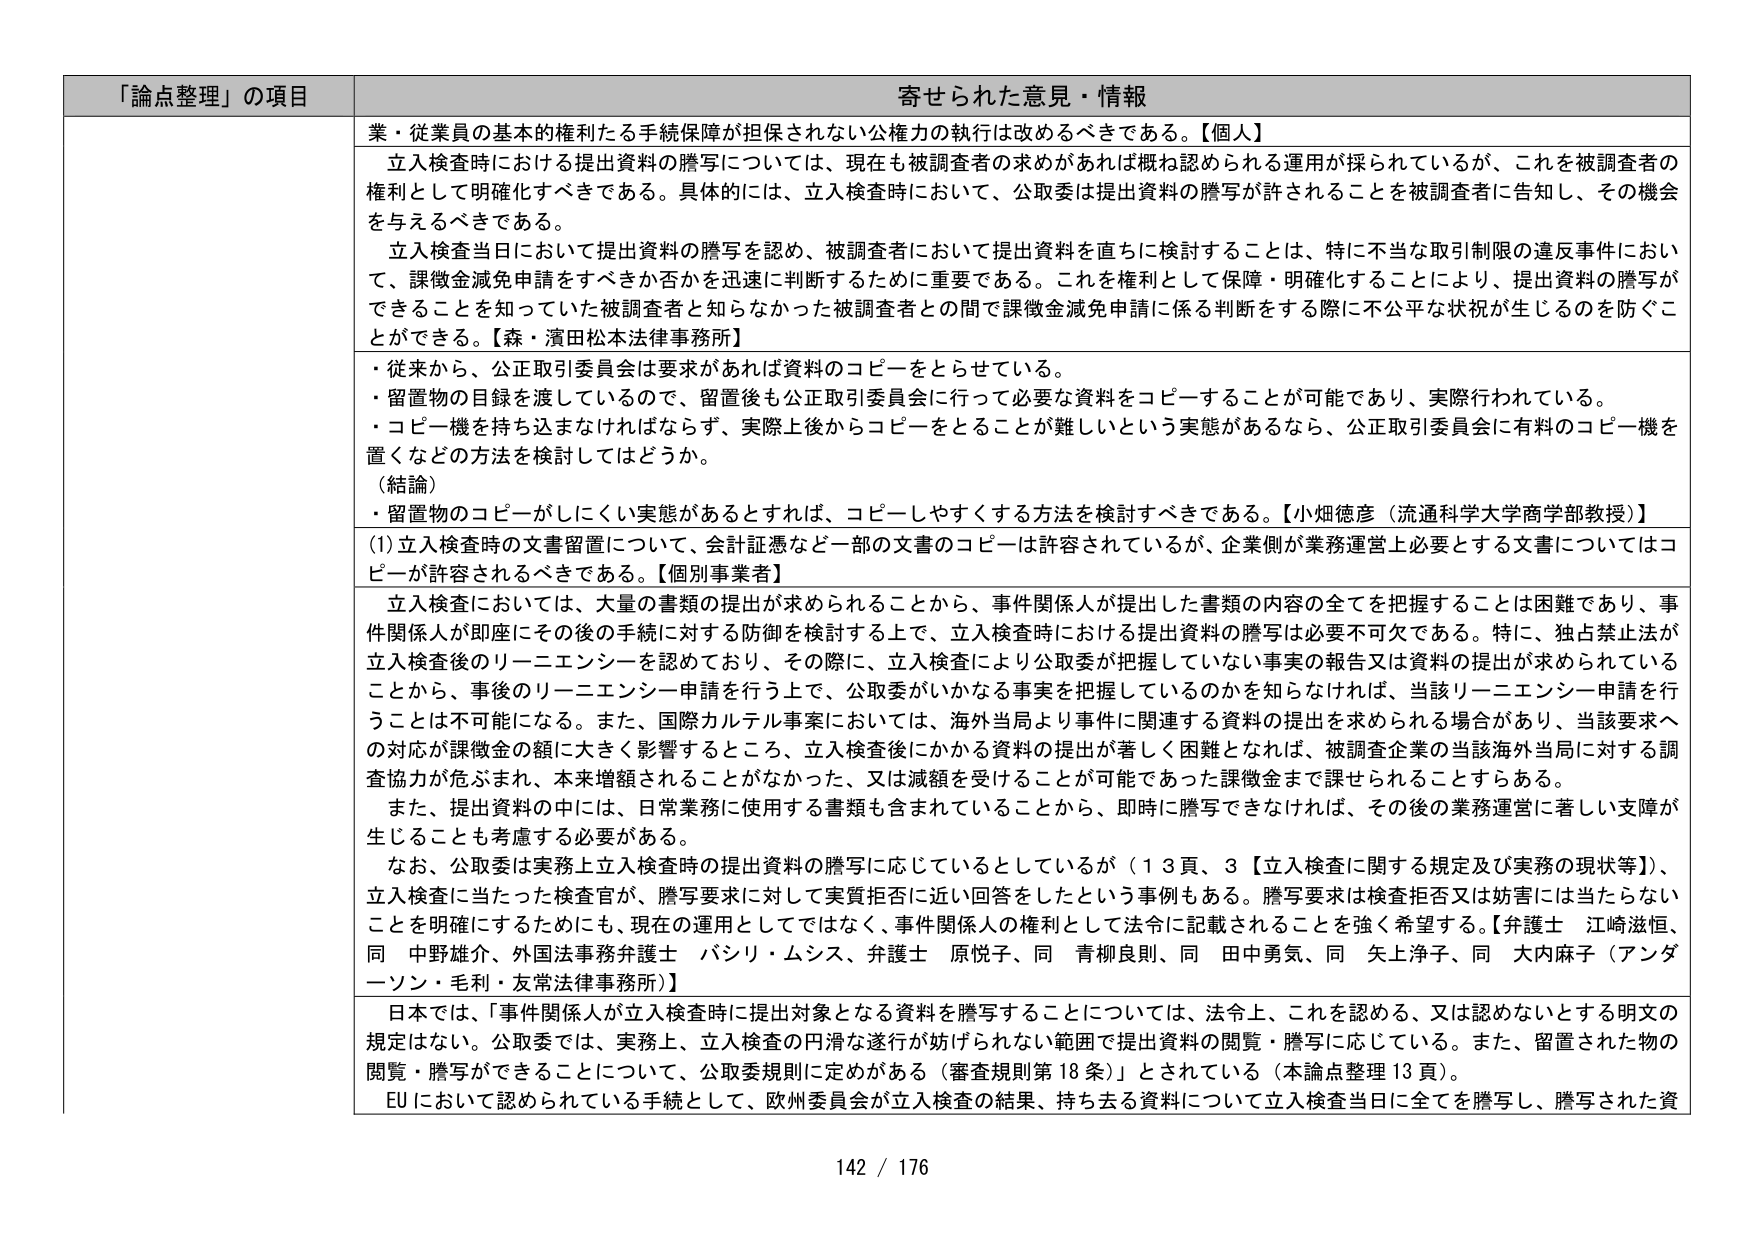
「論点整理」の項目 寄せられた意見・情報
業・従業員の基本的権利たる手続保障が担保されない公権力の執行は改めるべきである。【個人】
立入検査時における提出資料の謄写については、現在も被調査者の求めがあれば概ね認められる運用が採られているが、これを被調査者の権利として明確化すべきである。具体的には、立入検査時において、公取委は提出資料の謄写が許されることを被調査者に告知し、その機会を与えるべきである。
立入検査当日において提出資料の謄写を認め、被調査者において提出資料を直ちに検討することは、特に不当な取引制限の違反事件において、課徴金減免申請をすべきか否かを迅速に判断するために重要である。これを権利として保障・明確化することにより、提出資料の謄写ができることを知っていた被調査者と知らなかった被調査者との間で課徴金減免申請に係る判断をする際に不公平な状況が生じるのを防ぐことができる。【森・濱田松本法律事務所】
・従来から、公正取引委員会は要求があれば資料のコピーをとらせている。
・留置物の目録を渡しているので、留置後も公正取引委員会に行って必要な資料をコピーすることが可能であり、実際行われている。
・コピー機を持ち込まなければならず、実際上後からコピーをとることが難しいという実態があるなら、公正取引委員会に有料のコピー機を置くなどの方法を検討してはどうか。
（結論）
・留置物のコピーがしにくい実態があるとすれば、コピーしやすくする方法を検討すべきである。【小畑徳彦（流通科学大学商学部教授）】
(1)立入検査時の文書留置について、会計証憑など一部の文書のコピーは許容されているが、企業側が業務運営上必要とする文書についてはコピーが許容されるべきである。【個別事業者】
立入検査においては、大量の書類の提出が求められることから、事件関係人が提出した書類の内容の全てを把握することは困難であり、事件関係人が即座にその後の手続に対する防御を検討する上で、立入検査時における提出資料の謄写は必要不可欠である。特に、独占禁止法が立入検査後のリーニエンシーを認めており、その際に、立入検査により公取委が把握していない事実の報告又は資料の提出が求められていることから、事後のリーニエンシー申請を行う上で、公取委がいかなる事実を把握しているのかを知らなければ、当該リーニエンシー申請を行うことは不可能になる。また、国際カルテル事案においては、海外当局より事件に関連する資料の提出を求められる場合があり、当該要求への対応が課徴金の額に大きく影響するところ、立入検査後にかかる資料の提出が著しく困難となれば、被調査企業の当該海外当局に対する調査協力が危ぶまれ、本来増額されることがなかった、又は減額を受けることが可能であった課徴金まで課せられることすらある。
また、提出資料の中には、日常業務に使用する書類も含まれていることから、即時に謄写できなければ、その後の業務運営に著しい支障が生じることも考慮する必要がある。
なお、公取委は実務上立入検査時の提出資料の謄写に応じているとしているが（１３頁、３【立入検査に関する規定及び実務の現状等】）、立入検査に当たった検査官が、謄写要求に対して実質拒否に近い回答をしたという事例もある。謄写要求は検査拒否又は妨害には当たらないことを明確にするためにも、現在の運用としてではなく、事件関係人の権利として法令に記載されることを強く希望する。【弁護士 江崎滋恒、同 中野雄介、外国法事務弁護士 バシリ・ムシス、弁護士 原悦子、同 青柳良則、同 田中勇気、同 矢上浄子、同 大内麻子（アンダーソン・毛利・友常法律事務所）】
日本では、「事件関係人が立入検査時に提出対象となる資料を謄写することについては、法令上、これを認める、又は認めないとする明文の規定はない。公取委では、実務上、立入検査の円滑な遂行が妨げられない範囲で提出資料の閲覧・謄写に応じている。また、留置された物の閲覧・謄写ができることについて、公取委規則に定めがある（審査規則第18条）」とされている（本論点整理13頁）。
EUにおいて認められている手続として、欧州委員会が立入検査の結果、持ち去る資料について立入検査当日に全てを謄写し、謄写された資
142 / 176